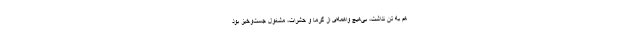
هم به تن نداشت، بی‌هیچ واهمه‌ای از گرما و حشرات، مشغول جست‌وخیز بود